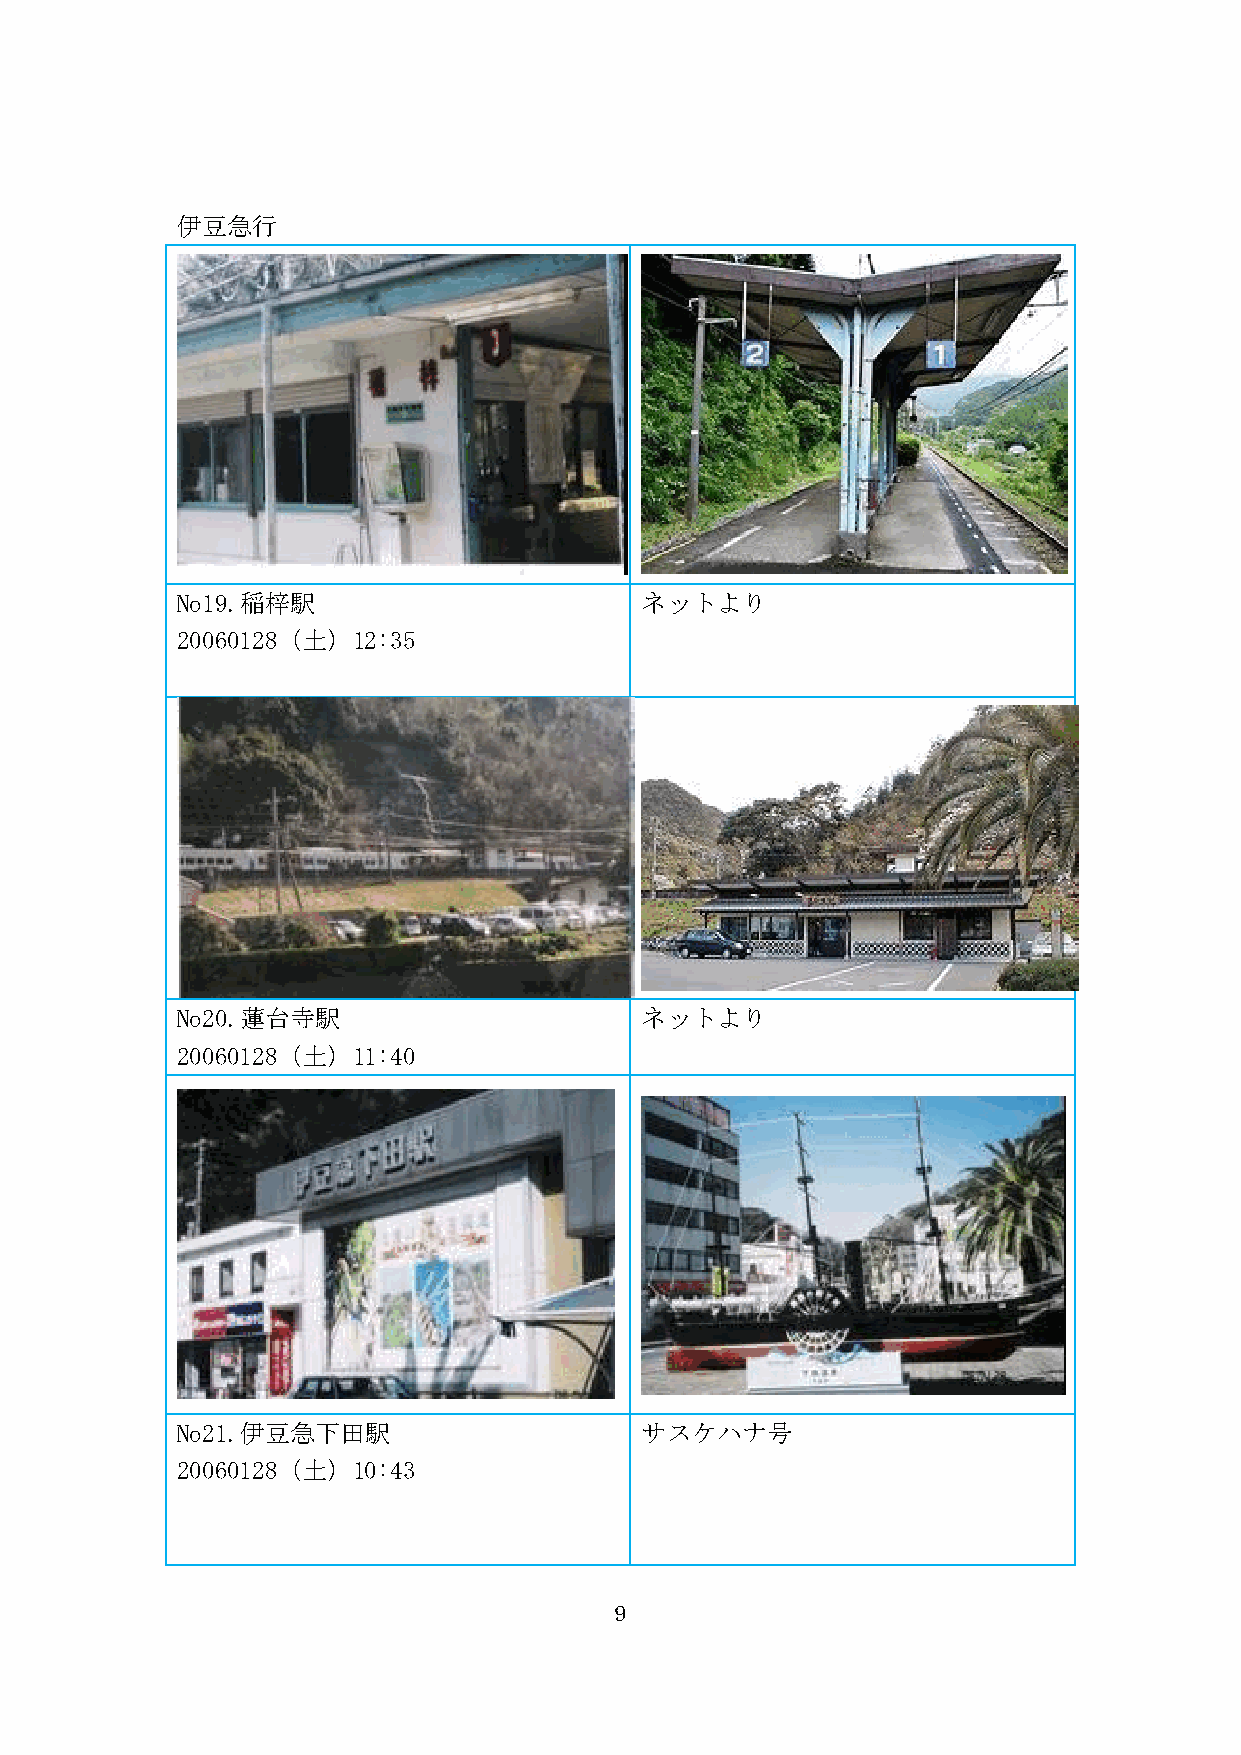
伊豆急行
 No19.稲梓駅                      ネットより
 20060128（土）12:35
 No20.蓮台寺駅                     ネットより
 20060128（土）11:40
 No21.伊豆急下田駅                   サスケハナ号
 20060128（土）10:43
 9